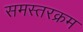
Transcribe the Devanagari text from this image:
समस्तरक्रम